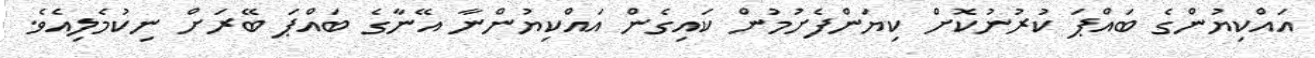
އައްކިޔުންގެ ބައްޕަ ކުރުނުކޮށް ކިޔަންފެށުމުން ކައިގެން އައްކިޔުންނާ އޭނާގެ ބައްޕަ ބޭރަށް ނިކުމެލިއެވެ.